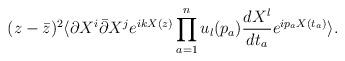
LaTeX: \begin{align*}(z-\bar{z})^2 \langle\partial X^i \bar{\partial} X^j e^{ikX(z)}\prod_{a=1}^n u_l (p_a) \frac{dX^l}{dt_a} e^{i p_a X(t_a)}\rangle.\end{align*}